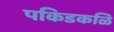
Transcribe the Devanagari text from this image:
पकिडकळि